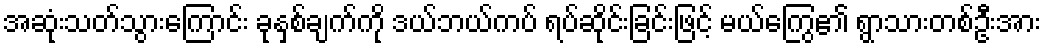
အဆုံးသတ်သွားကြောင်း ခုနှစ်ချက်ကို ဒယ်ဘယ်ကပ် ရပ်ဆိုင်းခြင်းဖြင့် မယ်ကြွေ၏ ရွာသားတစ်ဦးအား